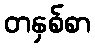
တနှစ်စာ